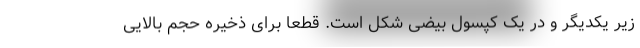
زیر یکدیگر و در یک کپسول بیضی شکل است. قطعا برای ذخیره حجم بالایی